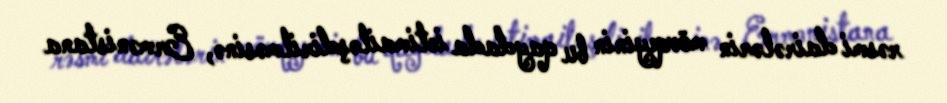
rəsmi dairələrin mövqeyinin bu qaydada ictimailəşdirilməsinə, Ermənistana